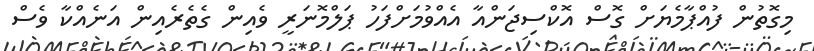
މިގޮތުން ފުއްޕާމެޔަށް ގޮސް އޮކްސިޖަންއާ އެއްވުމަށްފަހު ޕަލްމޮނަރީ ވެއިން ގެތެރެއިން އަނެއްކާ ވެސް